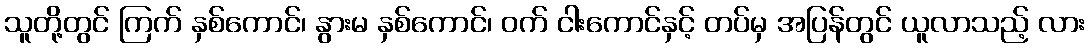
သူတို့တွင် ကြက် နှစ်ကောင်၊ နွားမ နှစ်ကောင်၊ ဝက် ငါးကောင်နှင့် တပ်မှ အပြန်တွင် ယူလာသည့် လား